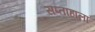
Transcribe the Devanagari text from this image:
सप्‍ताहाला